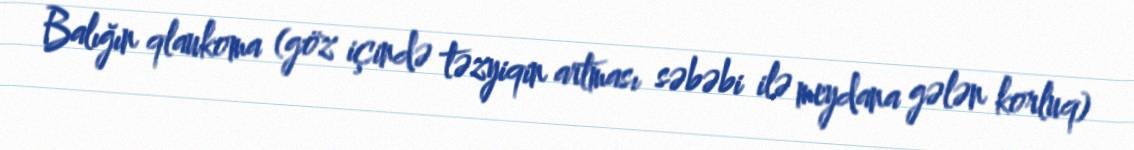
Balığın qlaukoma (göz içində təzyiqin artması səbəbi ilə meydana gələn korluq)